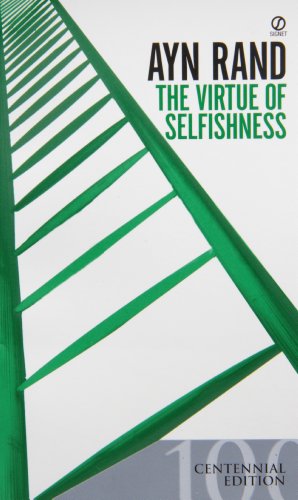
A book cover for The Virtue of Selfishness, Centennial Edition; Ayn  Rand; Literature & Fiction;